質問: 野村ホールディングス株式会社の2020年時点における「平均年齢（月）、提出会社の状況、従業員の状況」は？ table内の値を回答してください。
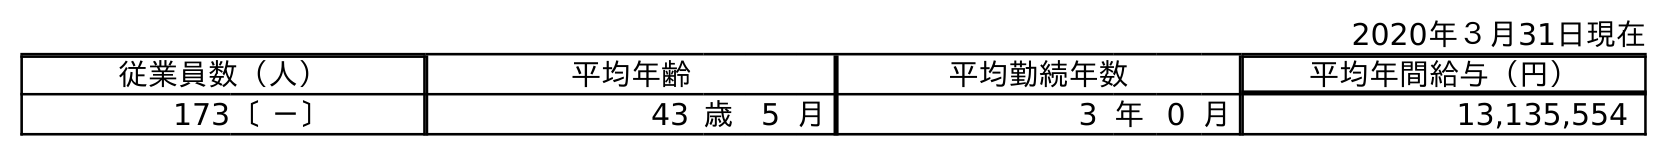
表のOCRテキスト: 2020年３月31日現在 従業員数（人） 平均年齢 平均勤続年数 平均年間給与（円） 173〔 －〕 43 歳 5 月 3 年0 月 13,135,554
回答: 5